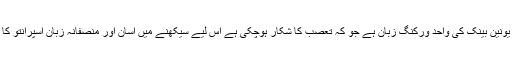
انگریزی مرکزی یونین بینک کی واحد ورکنگ زبان ہے جو کہ تعصب کا شکار ہوچکی ہے اس لیے سیکھنے میں آسان اور منصفانہ زبان اسپرانتو کا انتخاب کیا جائے۔